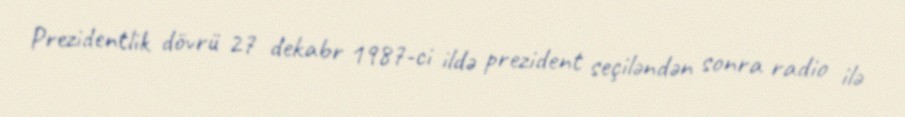
Prezidentlik dövrü 27 dekabr 1987-ci ildə prezident seçiləndən sonra radio ilə